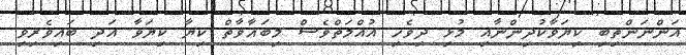
އަންނަންތިބި ކިޔަވާކުދިންނާއި މުޅި ދިވެހި އުއްމަތްވެސް މިބަޣާވާތް ކިޔާ ކިޔަވާ އަދި ބައިވެރިވި